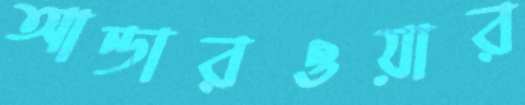
আন্ডারওয়ার